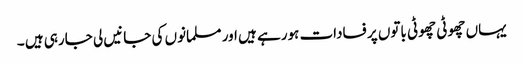
یہاں چھوٹی چھوٹی باتوں پر فسادات ہورہے ہیں اور مسلمانوں کی جانیں لی جارہی ہیں ۔